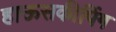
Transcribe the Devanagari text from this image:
हाऊसकीपिंग